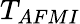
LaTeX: T_{AFMI}